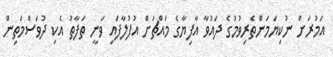
އަމުރަށް ނުކިޔަމަންތެރިވުމުގެ ދައުވާ އާފިޔާގެ މައްޗަށް އުފުލާފައި ވަނީ ތަފާތު އެކި ދުވަސްމަތިން